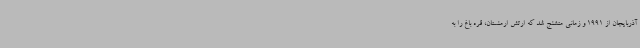
آذربایجان از 1991 و زمانی متشنج شد که ارتش ارمنستان، قره باغ را به